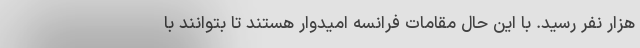
هزار نفر رسید. با این حال مقامات فرانسه امیدوار هستند تا بتوانند با